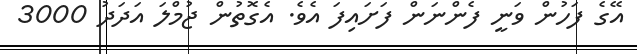
އޭގެ ފަހުން ވަނީ ފެންނަން ފަށައިފަ އެވެ. އެގޮތުން ޖުމްލަ އަދަދު 3000